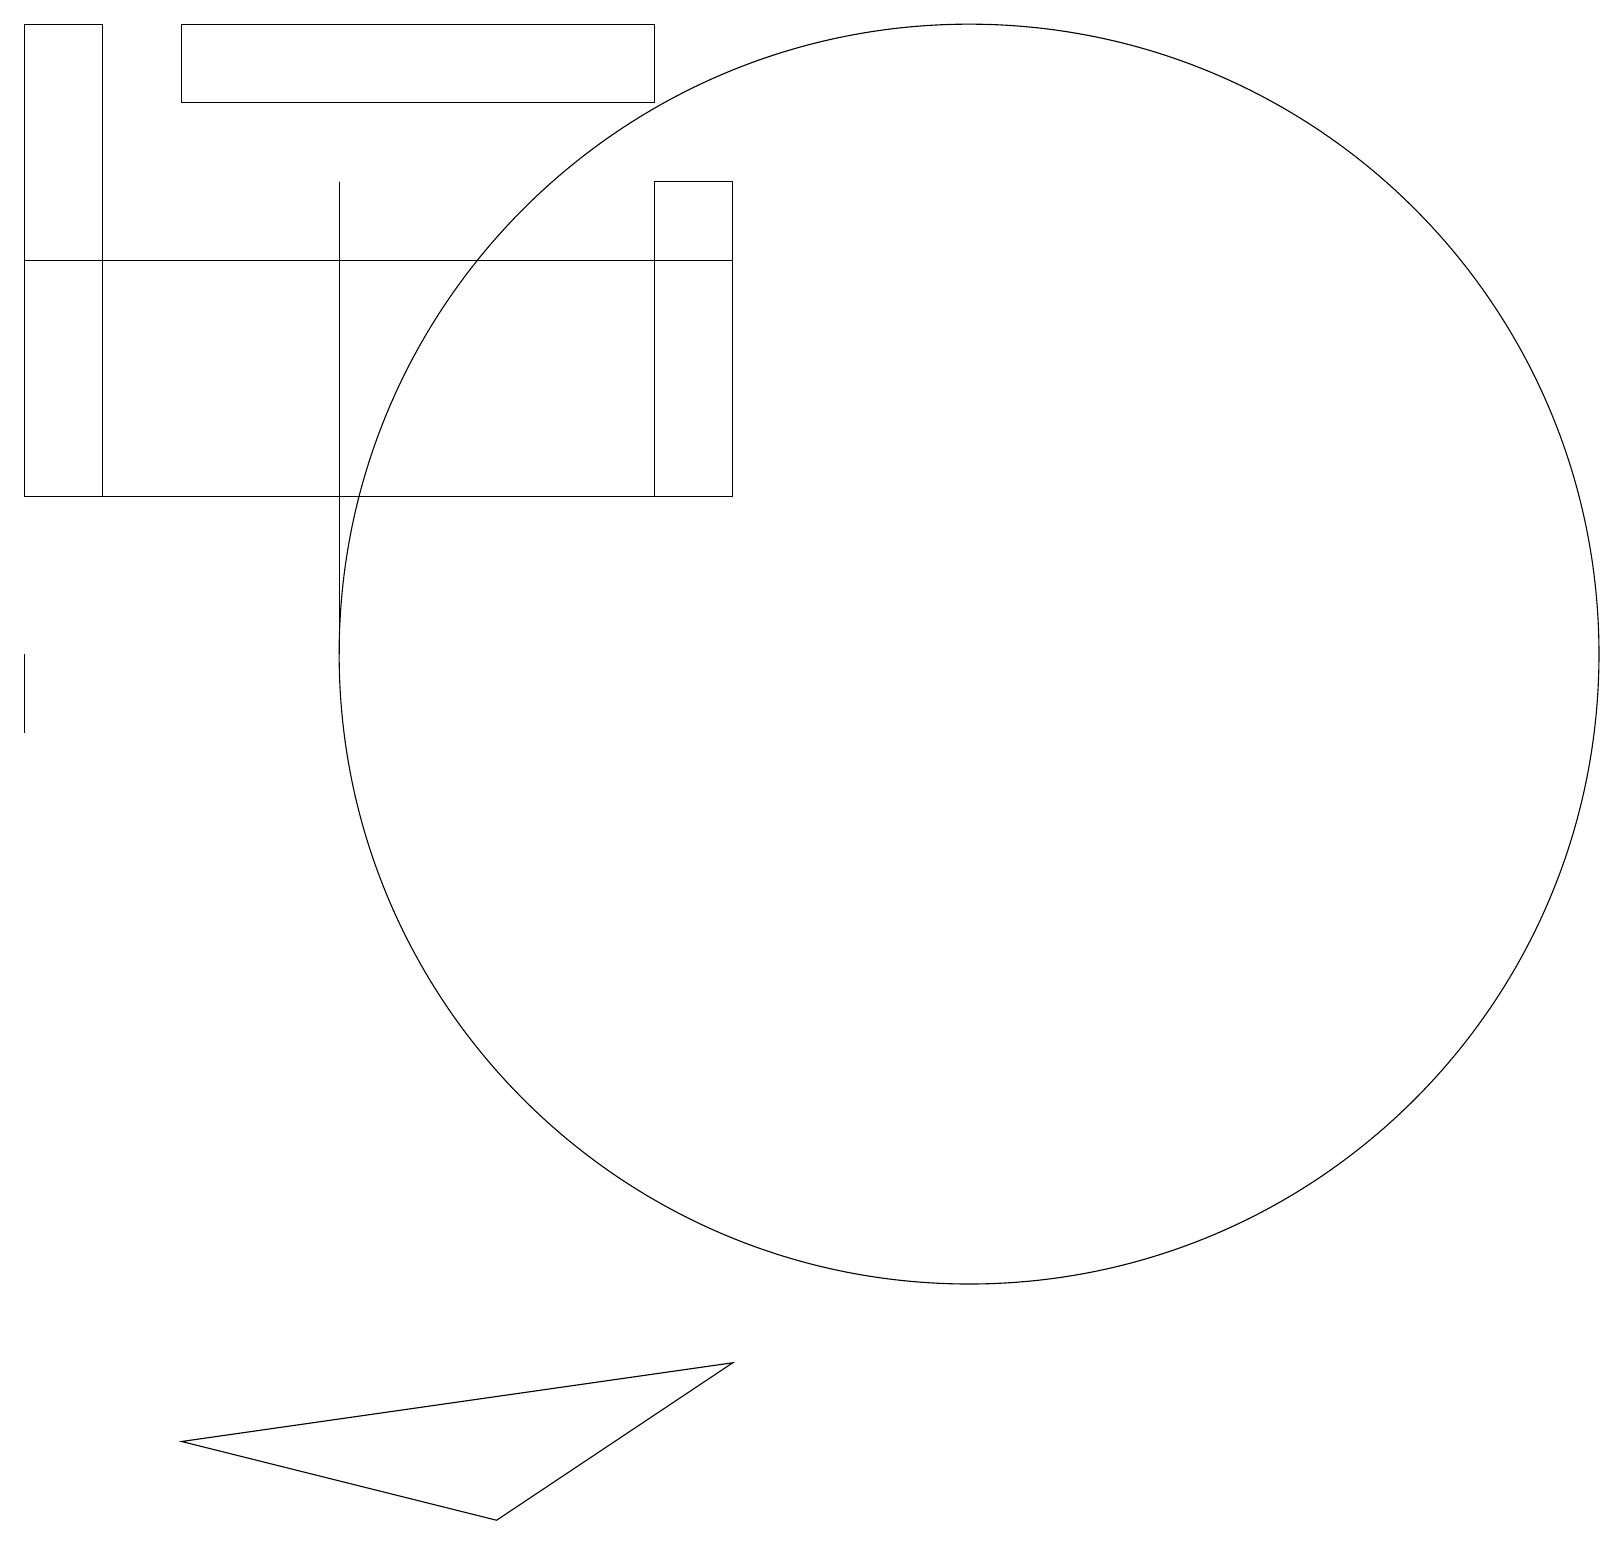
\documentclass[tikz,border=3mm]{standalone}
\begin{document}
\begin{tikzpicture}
\draw (9,13) rectangle (0,16);
\draw (9,2) -- (2,1) -- (6,0) -- cycle;
\draw (12,11) circle (8);
\draw (8,18) rectangle (2,19);
\draw (0,10) rectangle (0,11);
\draw (9,13) rectangle (8,17);
\draw (4,11) rectangle (4,17);
\draw (1,19) rectangle (0,13);
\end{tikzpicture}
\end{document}